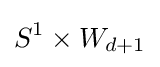
S^{1}\times W_{d+1}